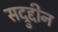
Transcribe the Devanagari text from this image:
सद्रुद्दीन